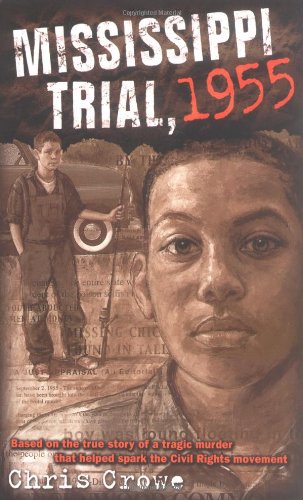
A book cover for Mississippi Trial, 1955; Chris Crowe; Teen & Young Adult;